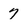
Character: 7